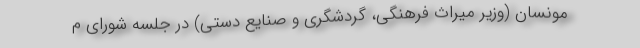
مونسان (وزیر میراث ‌فرهنگی، گردشگری و صنایع دستی) در جلسه شورای م